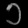
Digit: ၁